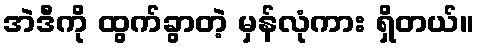
အဲဒီကို ထွက်ခွာတဲ့ မှန်လုံကား ရှိတယ်။